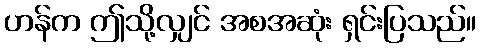
ဟန်က ဤသို့လျှင် အစအဆုံး ရှင်းပြသည်။